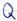
Text: Q